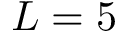
L = 5